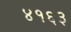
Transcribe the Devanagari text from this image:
४१६३